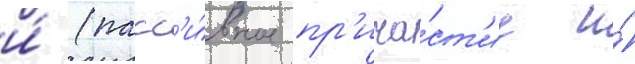
и́ (пасс'и́вное пр'ича́ст'ие и́